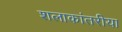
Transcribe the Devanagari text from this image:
शलाकांतरीया